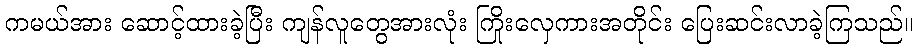
ကမယ်အား ဆောင့်ထားခဲ့ပြီး ကျန်လူတွေအားလုံး ကြိုးလှေကားအတိုင်း ပြေးဆင်းလာခဲ့ကြသည်။